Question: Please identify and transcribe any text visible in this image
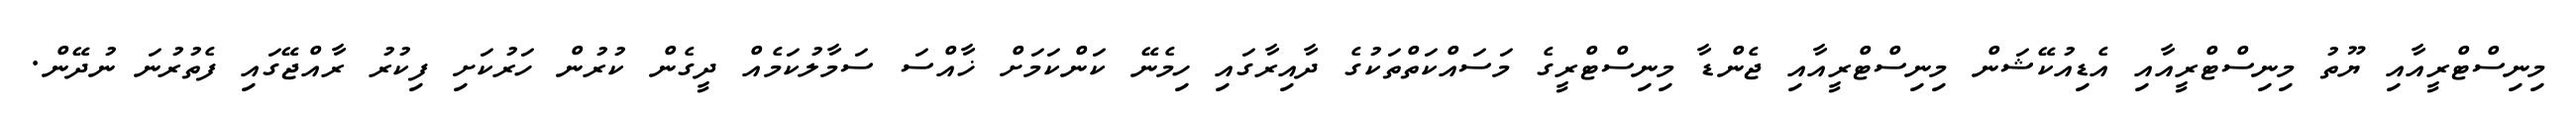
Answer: މިނިސްޓްރީއާއި ޔޫތު މިނިސްޓްރީއާއި އެޑިއުކޭޝަން މިނިސްޓްރީއާއި ޖެންޑާ މިނިސްޓްރީގެ މަސައްކަތްތަކުގެ ދާއިރާގައި ހިމެނޭ ކަންކަމަށް ޚާއްސަ ސަމާލުކަމެއް ދީގެން ކުރުން ހަރުކަށި ފިކުރު ރާއްޖޭގައި ފެތުރުނަ ނުދޭން.